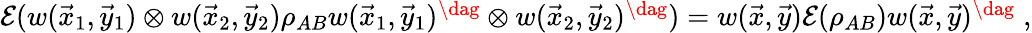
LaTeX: \begin{array}{r}{\mathcal{E}(w(\vec{x}_{1},\vec{y}_{1})\otimes w(\vec{x}_{2},\vec{y}_{2})\rho_{AB}w(\vec{x}_{1},\vec{y}_{1})^{\dag}\otimes w(\vec{x}_{2},\vec{y}_{2})^{\dag})=w(\vec{x},\vec{y})\mathcal{E}(\rho_{AB})w(\vec{x},\vec{y})^{\dag}\; ,}\end{array}